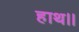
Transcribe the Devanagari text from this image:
हाथ।।